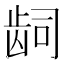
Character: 𬹿